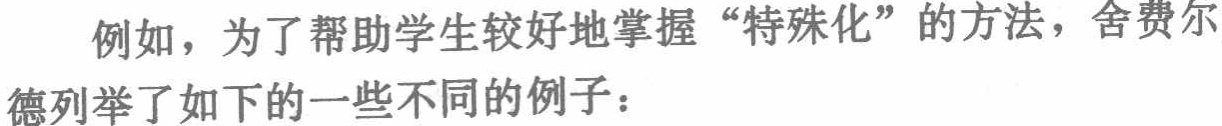
例如，为了帮助学生较好地掌握“特殊化”的方法，舍费尔德列举了如下的一些不同的例子：